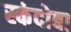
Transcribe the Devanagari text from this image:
स्कंदोबा